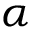
\alpha